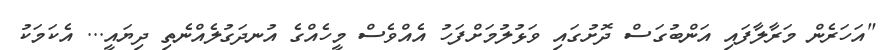
"އަހަރެން މަރާލާފައި އަންބުގަސް ދޮށުގައި ވަޅުލުމަށްފަހު އެއްވެސް މީހެއްގެ އުނދަގުލެއްނެތި ދިޔައީ... އެކަމަކު